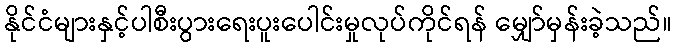
နိုင်ငံများနှင့်ပါစီးပွားရေးပူးပေါင်းမှုလုပ်ကိုင်ရန် မျှော်မှန်းခဲ့သည်။